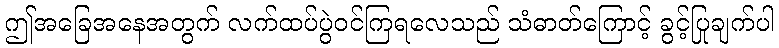
ဤအခြေအနေအတွက် လက်ထပ်ပွဲဝင်ကြရလေသည် သံဓာတ်ကြောင့် ခွင့်ပြုချက်ပါ